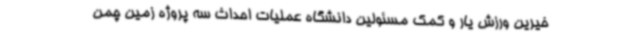
خیرین ورزش یار و کمک مسئولین دانشگاه عملیات احداث سه پروژه زمین چمن